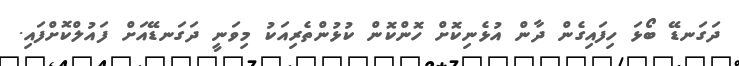
ދަގަނޑޭ ބޯޅަ ހިފައިގެން ދާން އުޅެނިކޮށް ހޮންކޮން ކުޅުންތެރިއަކު މިވަނީ ދަގަނޑޭއަށް ފައުލްކޮށްފައި.